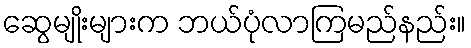
ဆွေမျိုးများက ဘယ်ပုံလာကြမည်နည်း။